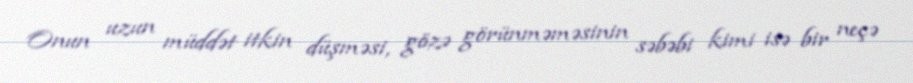
Onun uzun müddət itkin düşməsi, gözə görünməməsinin səbəbi kimi isə bir neçə